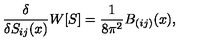
\frac { \delta } { \delta S _ { i j } ( x ) } { W } [ S ] = \frac { 1 } { 8 \pi ^ { 2 } } B _ { ( i j ) } ( x ) ,